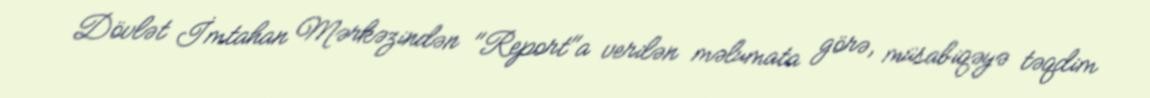
Dövlət İmtahan Mərkəzindən "Report"a verilən məlumata görə, müsabiqəyə təqdim